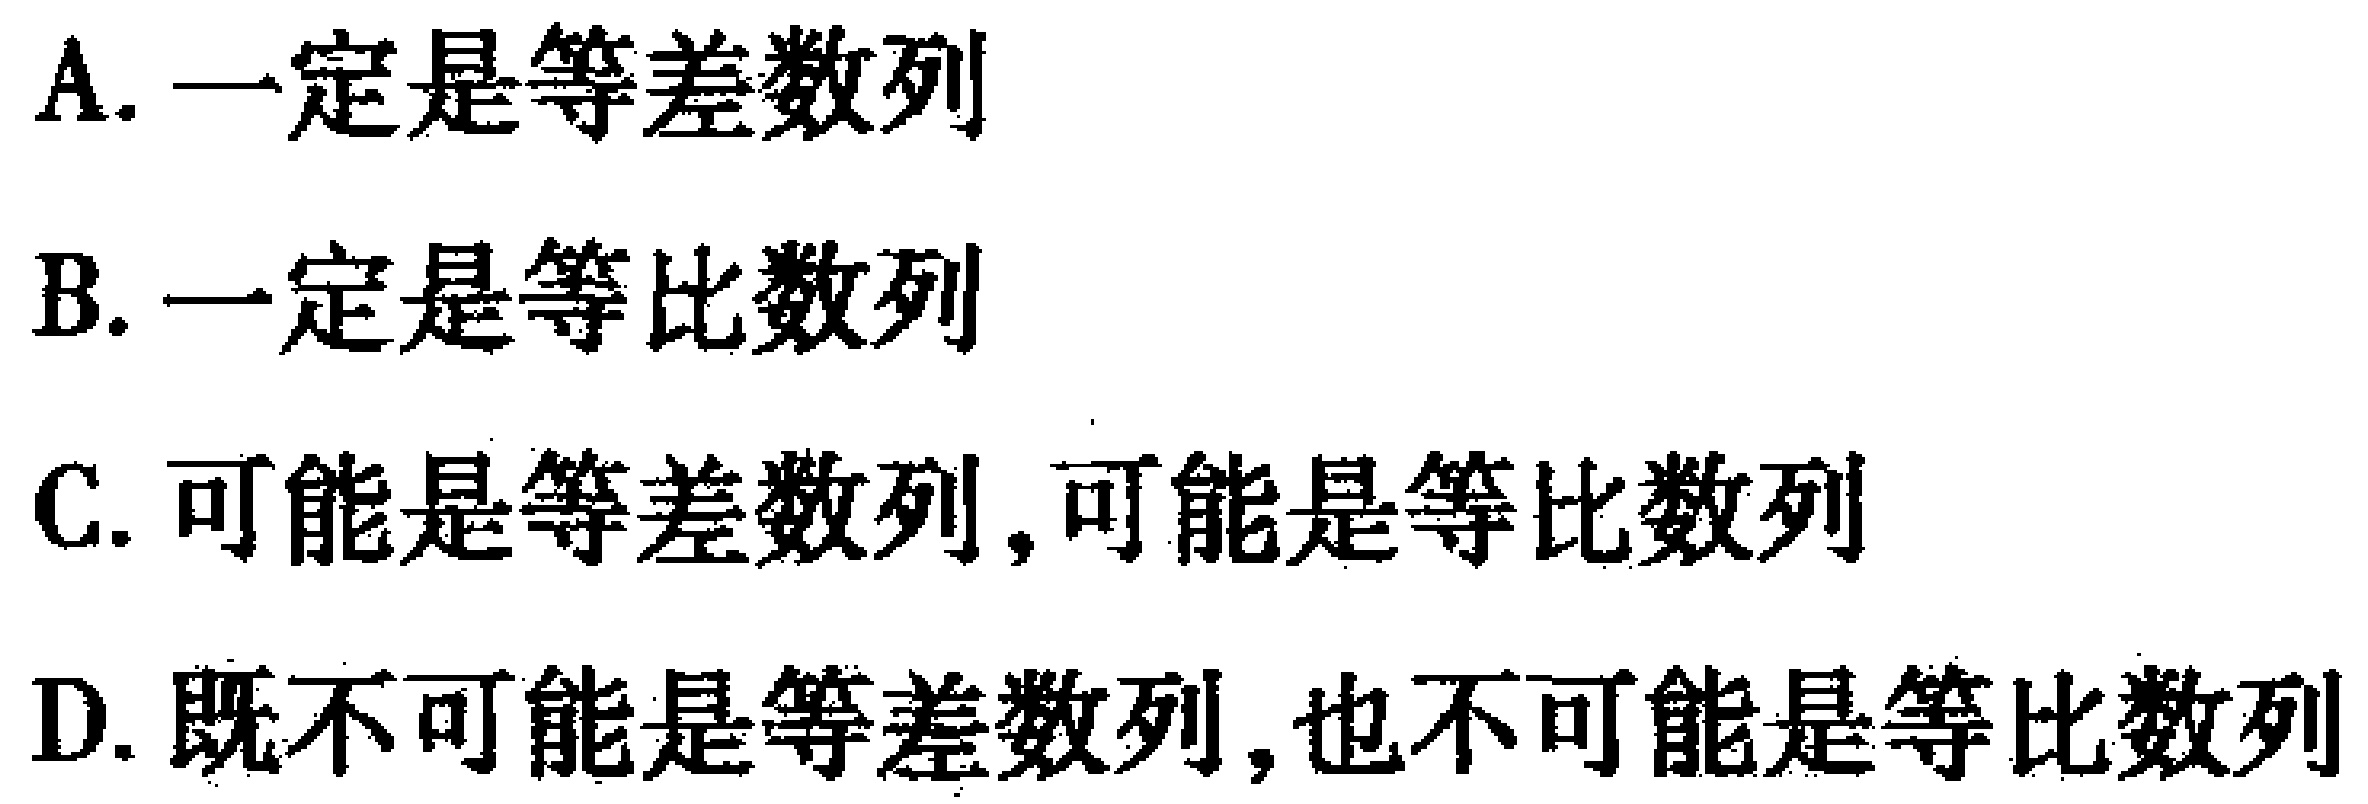
A. 一定是等差数列

B. 一定是等比数列

C. 可能是等差数列,可能是等比数列

D. 既不可能是等差数列,也不可能是等比数列